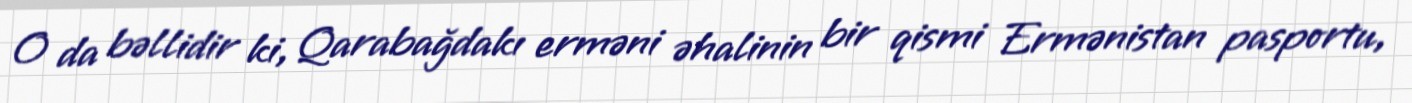
O da bəllidir ki, Qarabağdakı erməni əhalinin bir qismi Ermənistan pasportu,